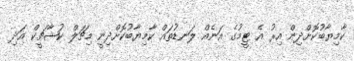
ކާމިޔާބުކޮށްދިން އިރު އެ ޓީމުގެ އަނެއް ލަނޑުތައް ކާމިޔާބުކޮށްދިނީ މިޗަލް ކުޝާޗީކް އަދި